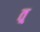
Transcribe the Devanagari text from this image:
त्र्